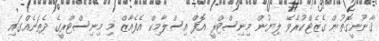
ޤާނޫނީގޮތުން ގެޒެޓްކުރެވޭ ލިޔުން މިނިސްޓްރީ އޮފް އިސްލާމިކް އެފެއާޒް މި މިނިސްޓްރީގެ ދެތަނެއްގައި